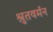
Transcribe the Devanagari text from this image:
श्रुतवर्मन